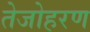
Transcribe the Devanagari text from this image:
तेजोहरण